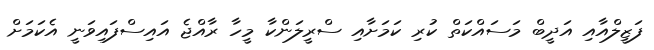
ފަޒީލްއާއި އަދީބް މަސައްކަތް ކުރި ކަމަށާއި ސްރީލަންކާ މީހާ ރާއްޖެ އައިސްފައިވަނީ އެކަމަށް